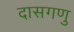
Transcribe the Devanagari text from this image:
दासगणु